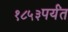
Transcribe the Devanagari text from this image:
१८५३पर्यंत